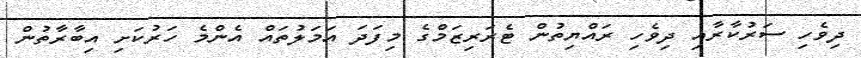
ދިވެހި ސަރުކާރާއި ދިވެހި ރައްޔިތުން ޓެރަރިޒަމްގެ މިފަދަ އަމަލުތައް އެންމެ ހަރުކަށި އިބާރާތުން